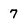
Character: 7